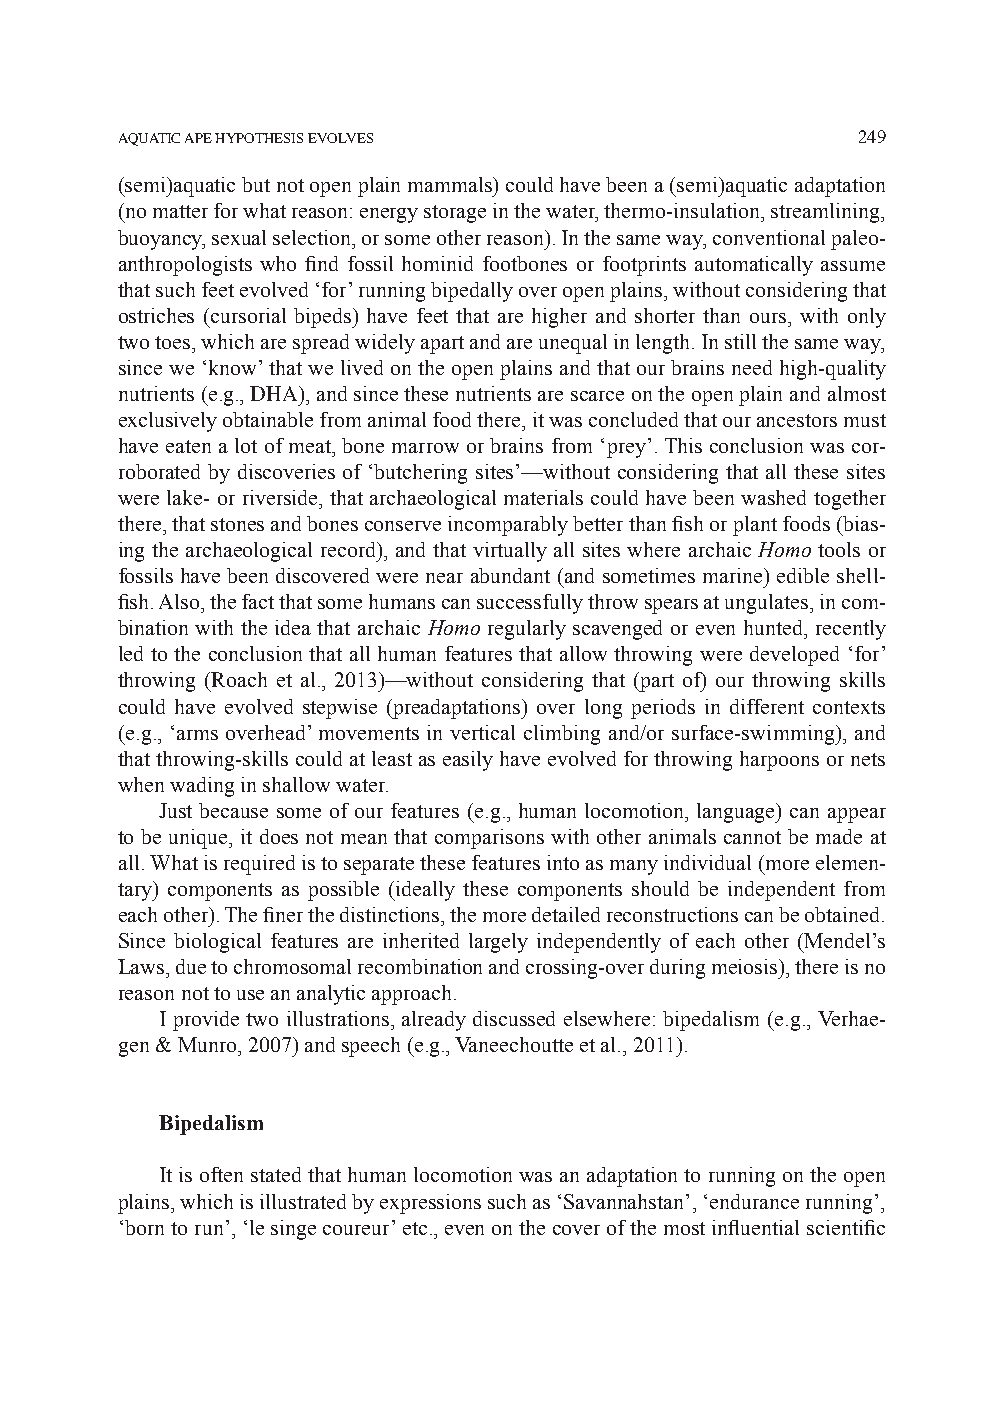
AQUATIC APE HYPOTHESIS EVOLVES                   249
 (semi)aquatic but not open plain mammals) could have been a (semi)aquatic adaptation
 (no matter for what reason: energy storage in the water, thermo-insulation, streamlining,
 buoyancy, sexual selection, or some other reason). In the same way, conventional paleo-
 anthropologists who find fossil hominid footbones or footprints automatically assume
 that such feet evolved ‘for’ running bipedally over open plains, without considering that
 ostriches (cursorial bipeds) have feet that are higher and shorter than ours, with only
 two toes, which are spread widely apart and are unequal in length. In still the same way,
 since we ‘know’ that we lived on the open plains and that our brains need high-quality
 nutrients (e.g., DHA), and since these nutrients are scarce on the open plain and almost
 exclusively obtainable from animal food there, it was concluded that our ancestors must
 have eaten a lot of meat, bone marrow or brains from ‘prey’. This conclusion was cor-
 roborated by discoveries of ‘butchering sites’—without considering that all these sites
 were lake- or riverside, that archaeological materials could have been washed together
 there, that stones and bones conserve incomparably better than fish or plant foods (bias-
 ing the archaeological record), and that virtually all sites where archaic Homo tools or
 fossils have been discovered were near abundant (and sometimes marine) edible shell-
 fish. Also, the fact that some humans can successfully throw spears at ungulates, in com-
 bination with the idea that archaic Homo regularly scavenged or even hunted, recently
 led to the conclusion that all human features that allow throwing were developed ‘for’
 throwing (Roach et al., 2013)—without considering that (part of) our throwing skills
 could have evolved stepwise (preadaptations) over long periods in different contexts
 (e.g., ‘arms overhead’ movements in vertical climbing and/or surface-swimming), and
 that throwing-skills could at least as easily have evolved for throwing harpoons or nets
 when wading in shallow water.
 Just because some of our features (e.g., human locomotion, language) can appear
 to be unique, it does not mean that comparisons with other animals cannot be made at
 all. What is required is to separate these features into as many individual (more elemen-
 tary) components as possible (ideally these components should be independent from
 each other). The finer the distinctions, the more detailed reconstructions can be obtained.
 Since biological features are inherited largely independently of each other (Mendel’s
 Laws, due to chromosomal recombination and crossing-over during meiosis), there is no
 reason not to use an analytic approach.
 I provide two illustrations, already discussed elsewhere: bipedalism (e.g., Verhae-
 gen & Munro, 2007) and speech (e.g., Vaneechoutte et al., 2011).
 Bipedalism
 It is often stated that human locomotion was an adaptation to running on the open
 plains, which is illustrated by expressions such as ‘Savannahstan’, ‘endurance running’,
 ‘born to run’, ‘le singe coureur’ etc., even on the cover of the most influential scientific